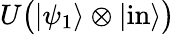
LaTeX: U{\big(}|\psi_{1}\rangle\otimes|{\mathrm{in}}\rangle{\big)}